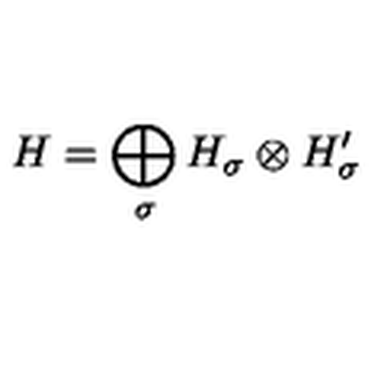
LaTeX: H = \bigoplus _ { \sigma } H _ { \sigma } \otimes H _ { \sigma } ^ { \prime }